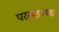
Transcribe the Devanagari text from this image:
परखडपणा